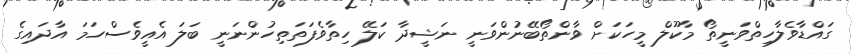
ގައްޑާވެލާހިތްވަނީތޯ މާކޫލް މީހަކަށް ވާންތޯބޭނުންވަނީ ނަޝީދާ ކަލޭ ހިތާވެފަތަތިހުންނަނީ ބަލަ އެއީވެސްހަމަ އާދައިގެ